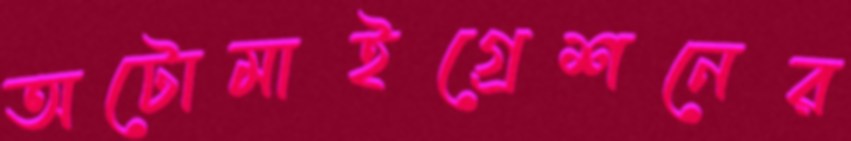
অটোমাইগ্রেশনের